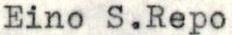
Eino S.Repo